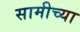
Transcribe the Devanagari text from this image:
सामीच्या